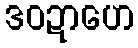
ဒဝဍာဟေ